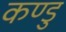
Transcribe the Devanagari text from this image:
कण्डु